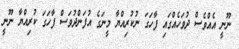
ނޫނީ އެއްވެސް ދުވަހެއްގައި ފާހަގަ ނުކުރިއްޔާ މީނަގެ އުފަންދުވަސް ފާހަގަ ކުރިއްޔާ ނޫނީ